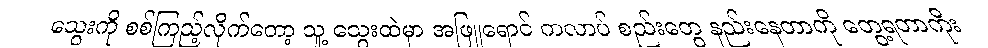
သွေးကို စစ်ကြည့်လိုက်တော့ သူ့ သွေးထဲမှာ အဖြူရောင် ကလာပ် စည်းတွေ နည်းနေတာကို တွေ့ရတာကိုး